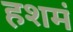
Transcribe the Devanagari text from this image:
हशमं